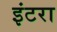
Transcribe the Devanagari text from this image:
इंटरा